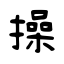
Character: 操